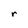
Character: r